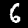
Digit: 6